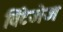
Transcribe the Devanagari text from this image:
विंटेजेज